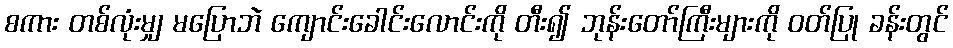
စကား တစ်လုံးမျှ မပြောဘဲ ကျောင်းခေါင်းလောင်းကို တီး၍ ဘုန်းတော်ကြီးများကို ဝတ်ပြု ခန်းတွင်